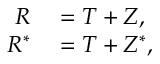
\begin{array} { r l } { R } & { { } = T + Z , } \\ { R ^ { * } } & { { } = T + Z ^ { * } , } \end{array}